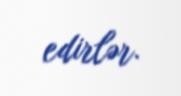
edirlər.